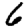
Digit: 6